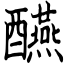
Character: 醼